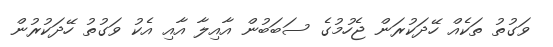
ވަގުތު ތަކެއް ހޭދަކުރަން ޖެހުމުގެ ސަބަބުން އާއިލާ އާއި އެކު ވަގުތު ހޭދަކުރުން